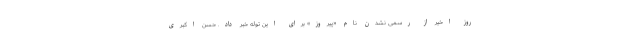
روز اخیر از رسمی نشدن نام «پیروز» برای این توله خبر داد. حسن اکبری